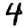
Digit: 4